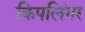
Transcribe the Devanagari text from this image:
किपलिंगर